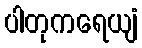
ပါတုကရေယျံ